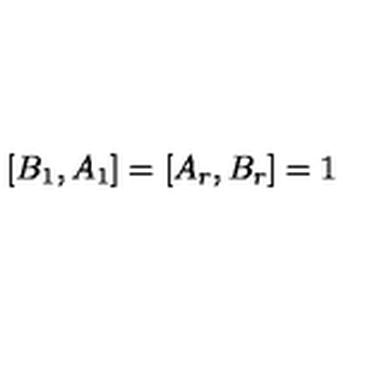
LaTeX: [ B _ { 1 } , A _ { 1 } ] = [ A _ { r } , B _ { r } ] = 1